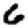
Digit: 6